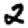
Digit: 2